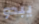
يبدو